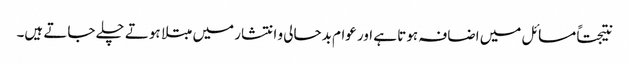
نتیجتاً مسائل میں اضافہ ہوتا ہے اور عوام بدحالی و انتشار میں مبتلا ہوتے چلے جاتے ہیں۔